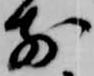
前